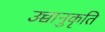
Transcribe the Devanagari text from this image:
उच्चानुकृति